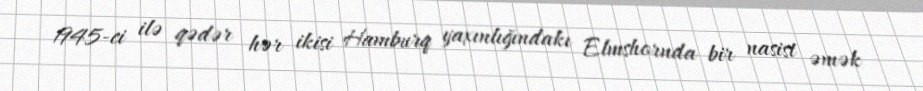
1945-ci ilə qədər hər ikisi Hamburq yaxınlığındakı Elmshornda bir nasist əmək